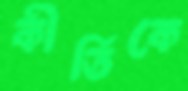
কীর্তিকে